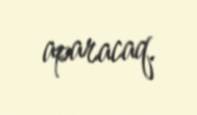
aparacaq.